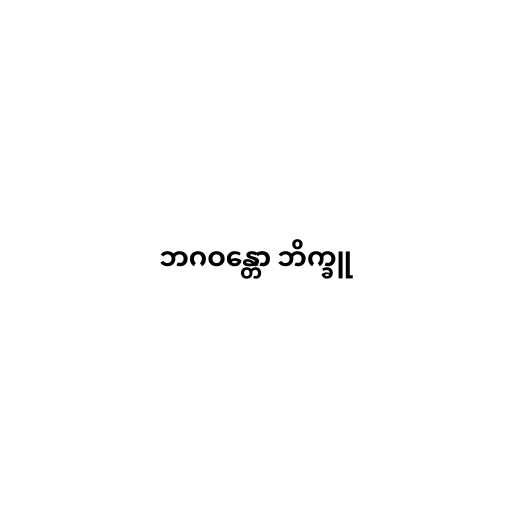
ဘဂဝန္တော ဘိက္ခူ